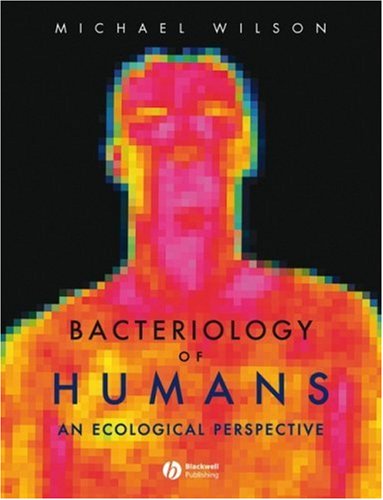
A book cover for Bacteriology of Humans: An Ecological Perspective; Michael Wilson; Medical Books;